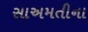
સાઅમતીના